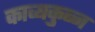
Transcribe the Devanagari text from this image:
काव्यकुब्ज